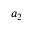
a _ { 2 }